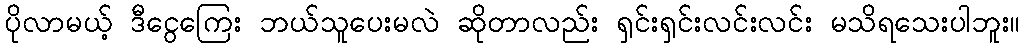
ပိုလာမယ့် ဒီငွေကြေး ဘယ်သူပေးမလဲ ဆိုတာလည်း ရှင်းရှင်းလင်းလင်း မသိရသေးပါဘူး။